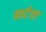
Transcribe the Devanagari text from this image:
माटेल